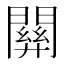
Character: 𨵿